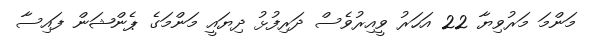
މަންމަ މަރުވިޔާ 22 އަހަރު ވީއިރުވެސް ދަރިފުޅު ދިޔައީ މަންމަގެ ޕެންޝަން ފައިސާ